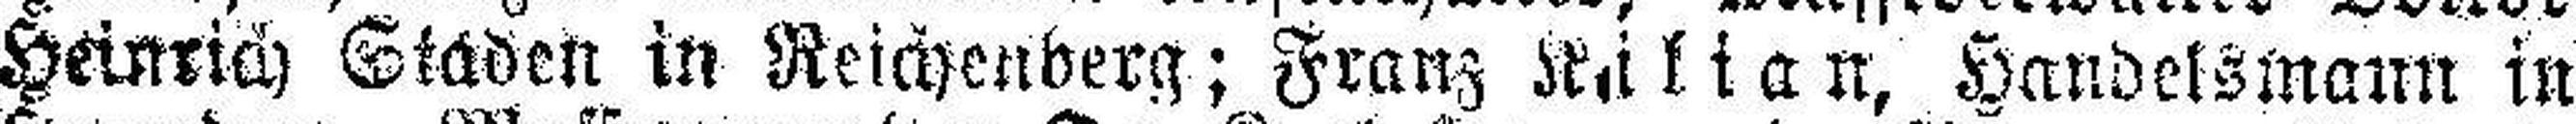
Heinrich Staden in Reichenberg; Franz Kilian, Handelsmann in